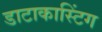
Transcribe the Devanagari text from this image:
डाटाकास्टिंग